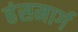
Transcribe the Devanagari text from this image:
हंसमार्ग